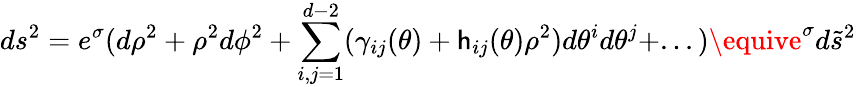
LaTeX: ds^{2}=e^{\sigma}(d\rho^{2}+\rho^{2}d\phi^{2}+\sum_{i,j=1}^{d-2}(\gamma_{ij}(\theta)+\mathsf{h}_{ij}(\theta)\rho^{2})d\theta^{i}d\theta^{j}+...)\equive^{\sigma}d\tilde{{s}}^{2}